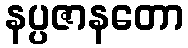
နပ္ပဇာနတော